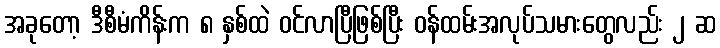
အခုတော့ ဒီစီမံကိန်းက ၈ နှစ်ထဲ ဝင်လာပြီဖြစ်ပြီး ဝန်ထမ်းအလုပ်သမားတွေလည်း ၂ ဆ